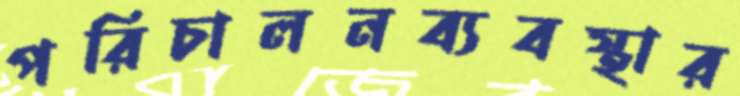
পরিচালনব্যবস্থার